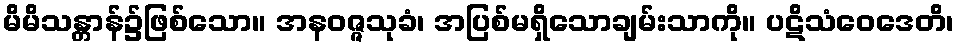
မိမိသန္တာန်၌ဖြစ်သော။ အနဝဇ္ဇသုခံ၊ အပြစ်မရှိသောချမ်းသာကို။ ပဋိသံဝေဒေတိ၊